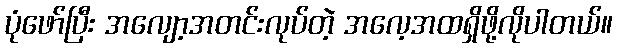
ပုံဖော်ပြီး အလျော့အတင်းလုပ်တဲ့ အလေ့အထရှိဖို့လိုပါတယ်။